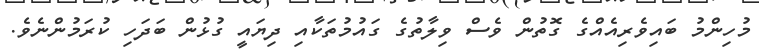
މުހިންމު ބައިވެރިއެއްގެ ގޮތުން ވެސް ވިލާތުގެ ގައުމުތަކާއި ދިޔައީ ގުޅުން ބަދަހި ކުރަމުންނެވެ.